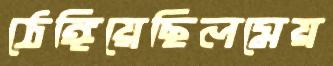
ঠেঙ্গিয়েছিলমেয়